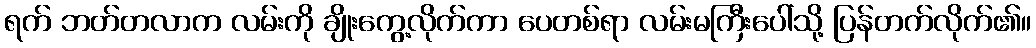
ရက် ဘတ်တလာက လမ်းကို ချိုးကွေ့လိုက်ကာ ပေတစ်ရာ လမ်းမကြီးပေါ်သို့ ပြန်တက်လိုက်၏။